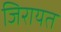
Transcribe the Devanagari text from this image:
जिरायत